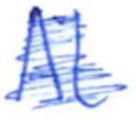
Text: At
Cross-out: mix
Writing tool: ballpoint